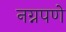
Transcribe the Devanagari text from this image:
नग्नपणे